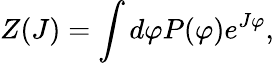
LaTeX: Z(J)=\int d\varphi P(\varphi)e^{J\varphi},